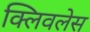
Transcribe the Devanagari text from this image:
क्लिवलेस